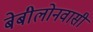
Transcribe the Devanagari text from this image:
बेबीलोनवासी